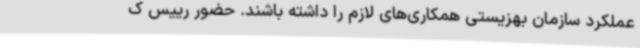
عملکرد سازمان بهزیستی همکاری‌های لازم را داشته باشند. حضور رییس ک